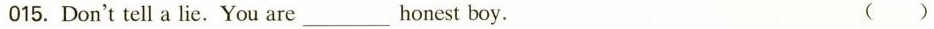
015. Don't tell a lie. You are___honest boy. ()